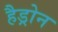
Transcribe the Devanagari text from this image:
हैड्रोन